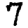
Digit: 7